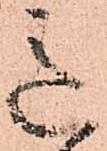
意